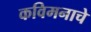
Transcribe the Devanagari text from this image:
कविमनाचे